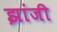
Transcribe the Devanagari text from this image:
झांजी